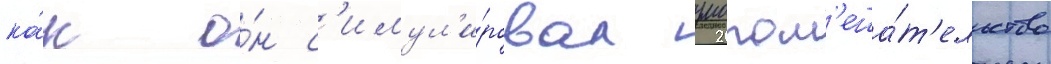
ка́к о́н с'имул'и́ровал умопом'еша́т'ельство